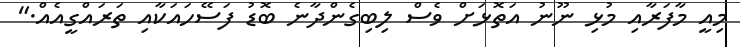
މިއީ މާފަރާއި މުޅި ނޫނު އަތޮޅަށް ވެސް ލިބިގެންދާނެ ބޮޑު ފަސޭހައަކާއި ތަރައްގީއެއް."